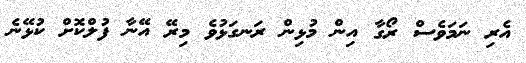
އެރި ނަމަވެސް ރޯގާ އިން މުޅިން ރަނގަޅުވެ މިރޭ އޭނާ ފުލްކޮށް ކުޅޭނެ